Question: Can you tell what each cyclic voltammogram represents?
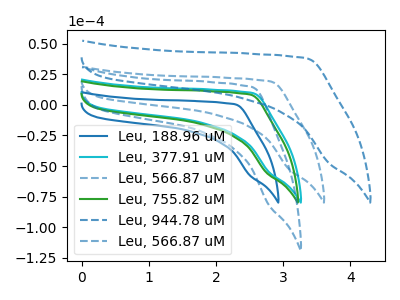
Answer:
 <answer>The blue curve is labeled "Leu, 188.96 uM". The cyan curve is labeled "Leu, 377.91 uM". The blue dashed curve is labeled "Leu, 566.87 uM". The green curve is labeled "Leu, 755.82 uM". The blue dashed curve is labeled "Leu, 944.78 uM". The blue dashed curve is labeled "Leu, 566.87 uM".</answer>
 <eval></eval>